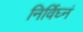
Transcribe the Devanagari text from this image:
निर्विघ्नं